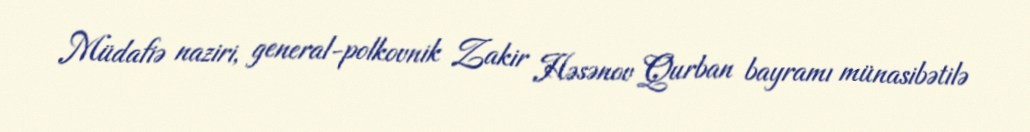
Müdafiə naziri, general-polkovnik Zakir Həsənov Qurban bayramı münasibətilə